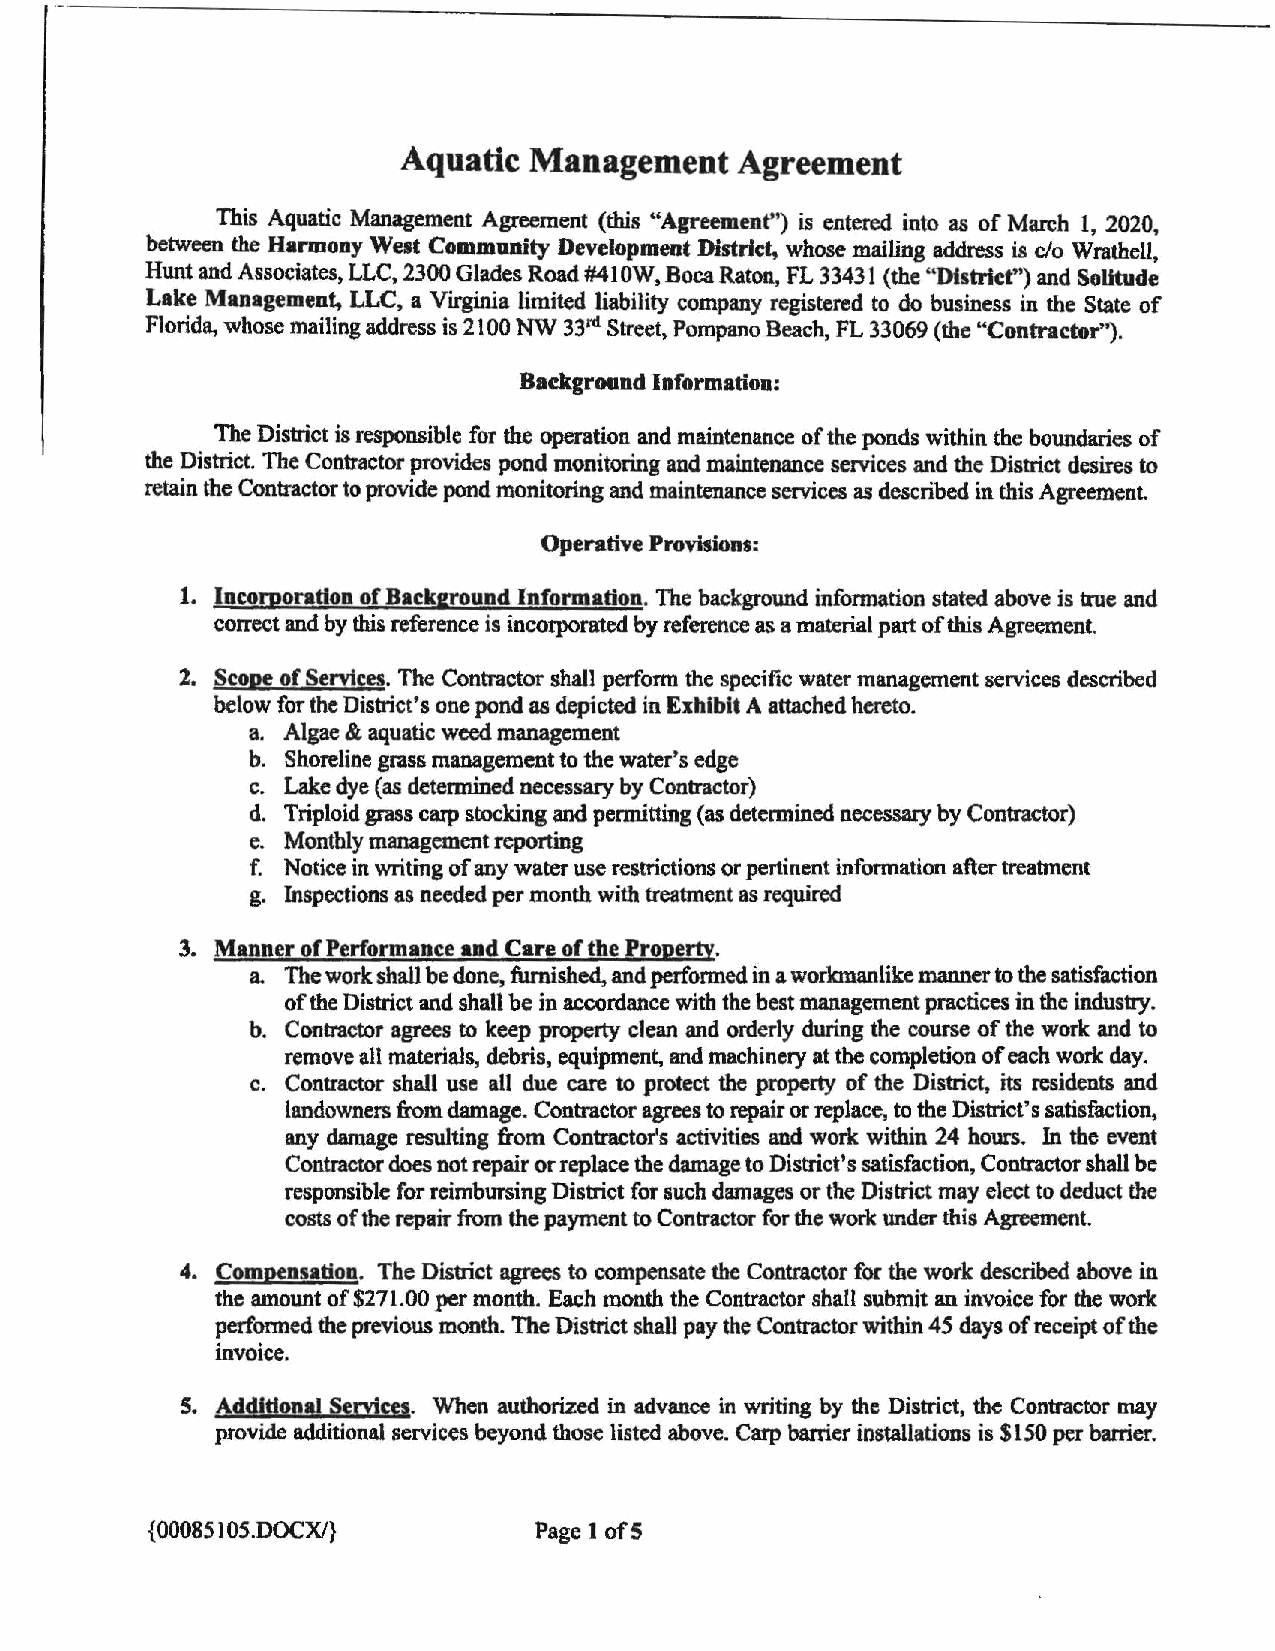
Aquatic Management    Agreement
 This Aquatic Management Agreement (this "Agreement'') is entered into as of March l, 2020,
 between the Harmony West Community Development District, whose mailing address is c/o Wrathell,
 Hunt and Associates, LLC, 2300 Glades Road #410W, Boca Raton, FL 33431 (the "District'') and Solitude
 Lake Management, LLC, a Virginia limited liability company registered to do business in the State of
 Florida, whose mailing address is 2100 NW 33rd Street, Pompano Beach, FL 33069 (the "Contractor").
 Background Information:
 The District is responsible for the operation and maintenance of the ponds within the boundaries of
 the District. The Contractor provides pond monitoring and maintenance services and the District desires to
 retain the Contractor to provide pond monitoring and maintenance services as described in this Agreement.
 Operative Provisions:
 1. .Incorporation of Background Information. The background infonnation stated above is true and
 correct and by this reference is incorporated by reference as a material part ofthis Agreement.
 2. Scope of Services. The Contractor shall perform the specific water management services described
 below for the District's one pond as depicted in Exhibit A attached hereto.
 a. Algae & aquatic weed management
 b. Shoreline grass management to the water's edge
 c. Lake dye (as determined necessary by Contractor)
 d. Triploid grass carp stocking and permitting (as detennined necessary by Contractor)
 e. Monthly management reporting
 f. Notice in writing of any water use restrictions or pertinent information after treatment
 g. Inspections as needed per month with treatment as required
 3. Manner of Performance and Care of the Property.
 a The work shall be done, furnished, and performed in a workmanlike manner to the satisfaction
 ofthe District and shall be in accordance with the best management practices in the industry.
 b. Contractor agrees to keep property clean and orderly during the course of the work and to
 remove all materials, debris, equipment, and machinery at the completion ofeach work day.
 c. Contractor shall use all due care to protect the property of the District, its residents and
 landowners from damage. Contractor agrees to repair or replace, to the District's satisfaction,
 any damage resulting from Contractor's activities and work within 24 hours. In the event
 Contractor does not repair or replace the damage to District's satisfaction, Contractor shall be
 responsible for reimbursing District for such damages or the District may elect to deduct the
 costs of the repair from the payment to Contractor for the work under this Agreement.
 4. Compensation. The District agrees to compensate the Contractor for the work described above in
 the amount of $271.00 per month. Each month the Contractor shall submit an invoice for the work
 perfonned the previous month. The District shall pay the Contractor within 45 days of receipt ofthe
 invoice.
 S. Additional Services. When authorized in advance in writing by the District, the Contractor may
 provide additional services beyond those listed above. Carp barrier installations is $150 per barrier.
 {000851 OS.DOCX/}        Page I ofS